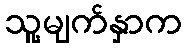
သူ့မျက်နှာက